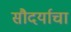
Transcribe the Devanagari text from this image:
सौदर्याचा